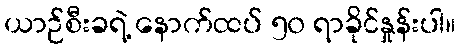
ယာဉ်စီးခရဲ့ နောက်ထပ် ၅၀ ရာခိုင်နှုန်းပါ။